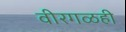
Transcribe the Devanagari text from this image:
वीरगळही